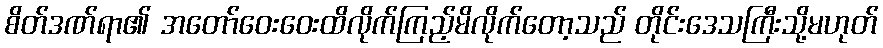
စိတ်ဒဏ်ရာ၏ အတော်ဝေးဝေးထိလိုက်ကြည့်မိလိုက်တော့သည် တိုင်းဒေသကြီးသို့မဟုတ်